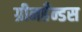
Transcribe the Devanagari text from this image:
ग्रीनहँन्डस